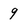
Character: 9